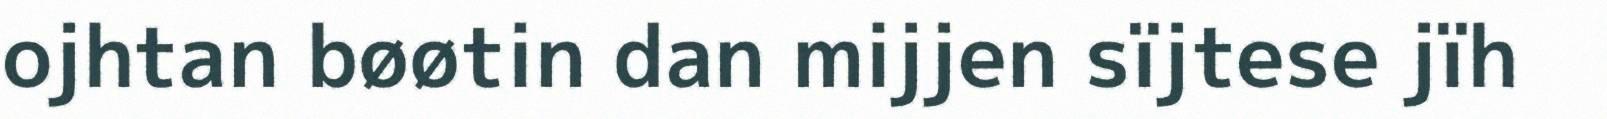
ojhtan bøøtin dan mijjen sïjtese jïh